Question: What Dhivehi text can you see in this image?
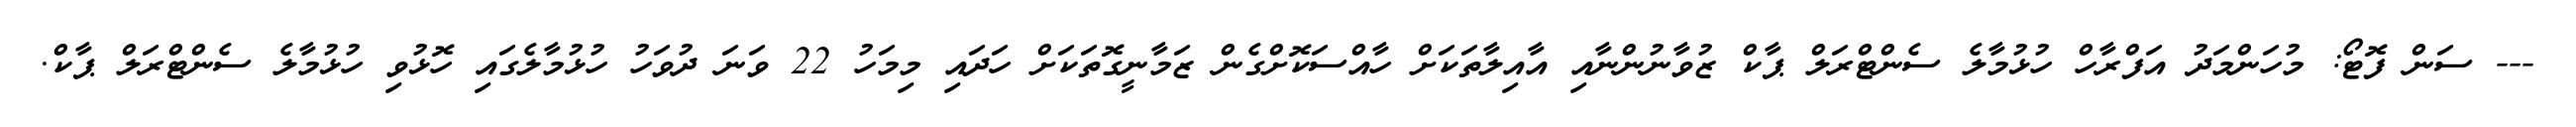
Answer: --- ސަން ފޮޓޯ: މުހަންމަދު އަފްރާހް ހުޅުމާލެ ސެންޓްރަލް ޕާކް ޒުވާނުންނާއި އާއިލާތަކަށް ހާއްސަކޮށްގެން ޒަމާނީގޮތަކަށް ހަދައި މިމަހު 22 ވަނަ ދުވަހު ހުޅުމާލެގައި ހޮޅުވި ހުޅުމާލެ ސެންޓްރަލް ޕާކް.